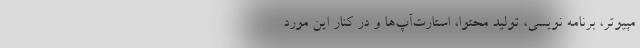
مپیوتر، برنامه نویسی، تولید محتوا، استارت‌آپ‌ها و در کنار این مورد